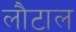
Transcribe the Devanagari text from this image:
लौटाल